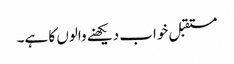
مستقبل خواب دیکھنے والوں کا ہے۔